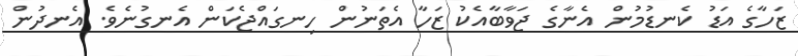
ޒަހާގެ އަޑު ކެނޑުމުން އެނާގެ ޖަވާބާއެކު ޒަހާ އެތަނުން ހިނގައްޖެކަން އެނގުނެވެ. އެނދުން